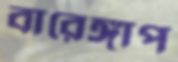
বারেঙ্গাপ